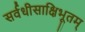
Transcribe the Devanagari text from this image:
सर्वधीसाक्षिभूतम्